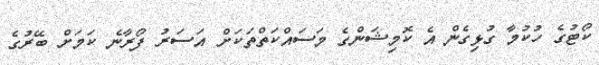
ކޯޓުގެ ހުކުމާ ގުޅިގެން އެ ކޮމިޝަންގެ މަސައްކަތްތަކަށް އަސަރު ފޯރާނެ ކަމަށް ބޭރުގެ